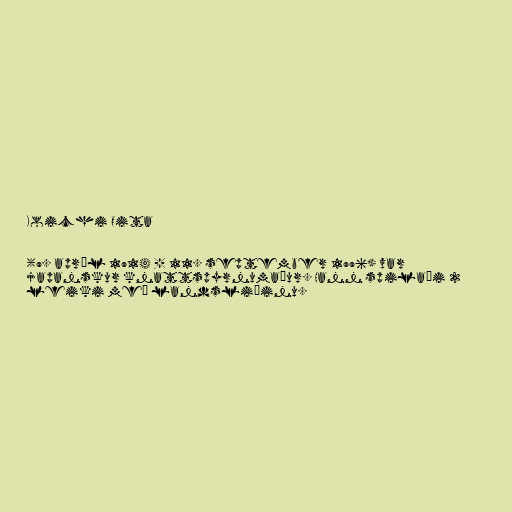
Koichi Oita

(9. apríl 1914 - 11. september 1996) var
japanskur knattspyrnumaður. Hann spilaði 2
leiki með landsliðinu.